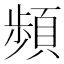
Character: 頻